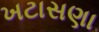
ખટાસણા